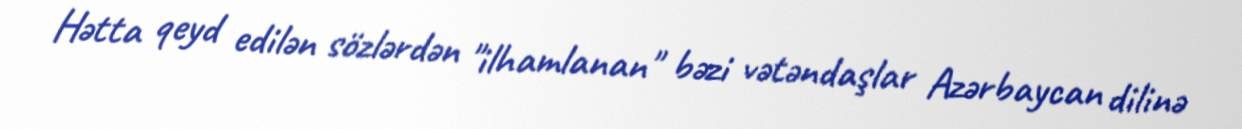
Hətta qeyd edilən sözlərdən "ilhamlanan" bəzi vətəndaşlar Azərbaycan dilinə